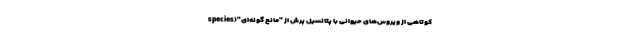
کوتاهی از ویروس‌های حیوانی با پتانسیل پرش از "مانع گونه‌ای"(species